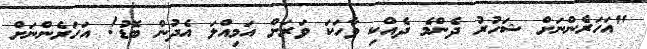
"އަހަރެންނަށް ޝަހުރު ދެންމެ ދެއްކި ވާހަކަ ވަރަށް އަމިއްލަ އެދުން ބޮޑު! އަހަރެންނަށް